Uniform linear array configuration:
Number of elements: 4
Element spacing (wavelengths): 0.75
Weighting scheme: cosine
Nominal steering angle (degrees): -60
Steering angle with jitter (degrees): -58.246
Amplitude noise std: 0.05
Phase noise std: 0.05

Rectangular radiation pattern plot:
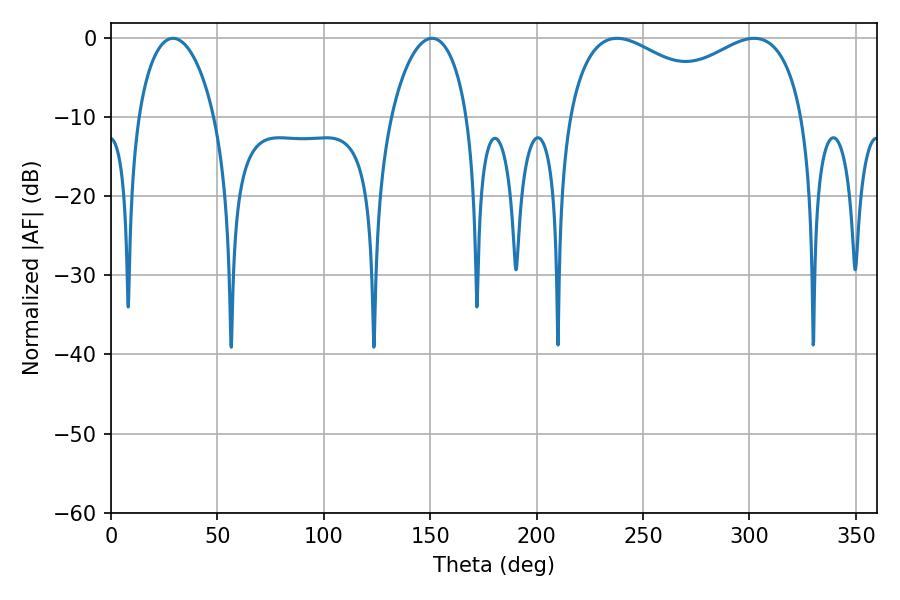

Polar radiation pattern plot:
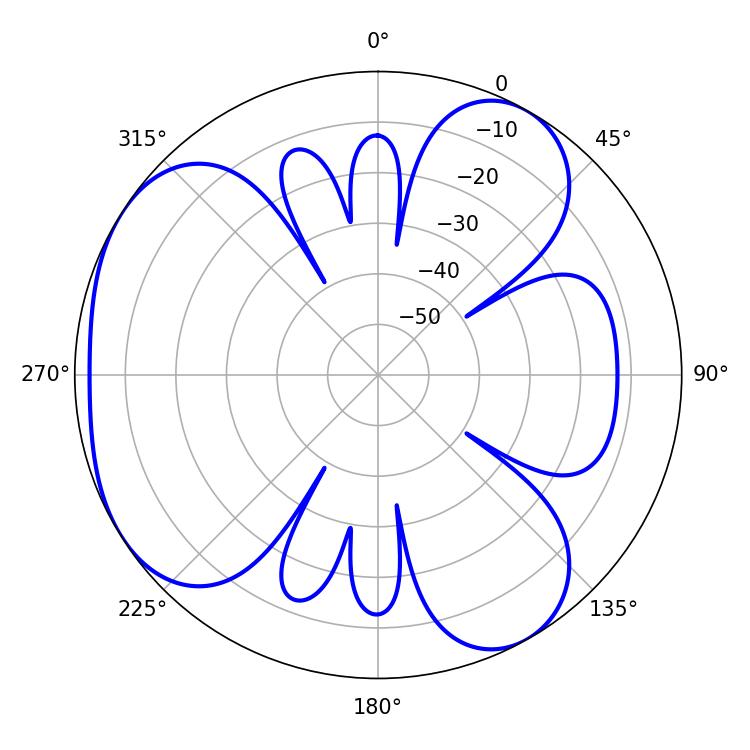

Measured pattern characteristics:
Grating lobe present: TRUE
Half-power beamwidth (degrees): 20.52
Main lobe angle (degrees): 29.16